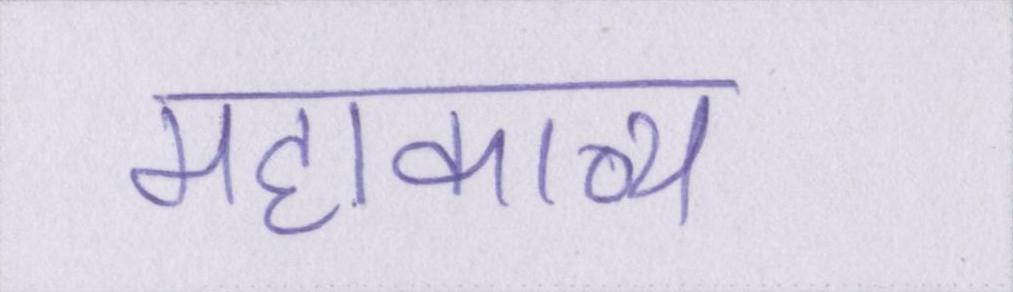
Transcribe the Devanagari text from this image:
महाकाव्य